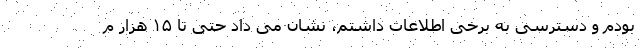
بودم و دسترسی به برخی اطلاعات داشتم، نشان می داد حتی تا ۱۵ هزار م